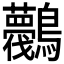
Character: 𪈛